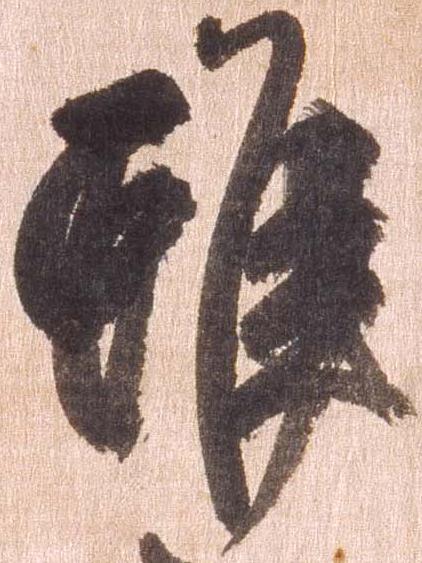
雖